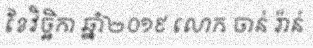
ខែវិច្ឆិកា ឆ្នាំ២០១៩ លោក ចាន់ រ៉ាន់